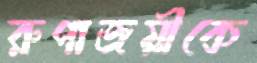
রুপাজয়ীকে